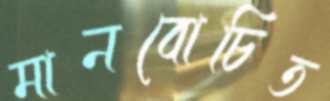
মানবোচিত